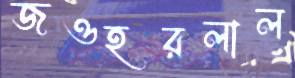
জওহরলাল